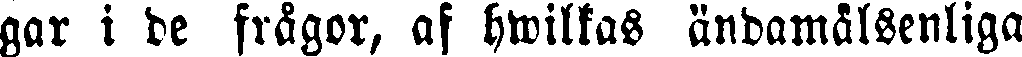
gar i de frågor, af hwilkas ändamålsenliga